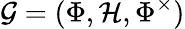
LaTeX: \mathcal{G}=(\Phi,\mathcal{H},\Phi^{\times})